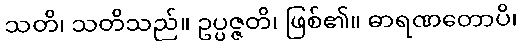
သတိ၊ သတိသည်။ ဥပ္ပဇ္ဇတိ၊ ဖြစ်၏။ ဓာရဏတောပိ၊